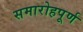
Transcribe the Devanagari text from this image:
समारोहपूर्ण